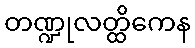
တဏ္ဍုလတ္ထိကေန